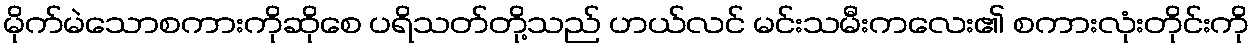
မိုက်မဲသောစကားကိုဆိုစေ ပရိသတ်တို့သည် ဟယ်လင် မင်းသမီးကလေး၏ စကားလုံးတိုင်းကို